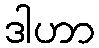
ဒါဟာ